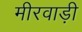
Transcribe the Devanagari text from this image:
मीरवाड़ी